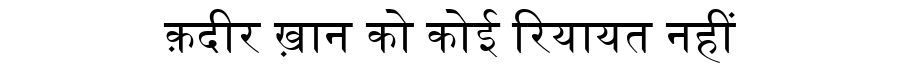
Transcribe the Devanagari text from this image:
क़दीर ख़ान को कोई रियायत नहीं